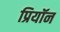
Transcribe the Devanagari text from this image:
प्रियॉन